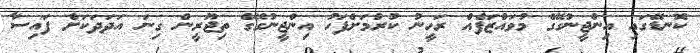
ކޮނޑޭގައި އިންޖީނުގޭގެ މުވައްޒަފެއް ރަހީނު ކުރުމަށްފަހު އިންޖީނުގޭގެ ތިޖޫރީން ގިނަ އަދަދަކަށް ފައިސާ